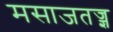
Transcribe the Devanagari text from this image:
मसाजतज्ज्ञ